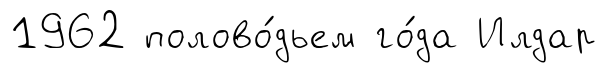
1962 полово́дьем го́да Илдар